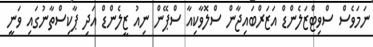
ނަމަވެސް ސްވިޓްޒަލެންޑް އަޒަރްބައިޖާން ސްލޮވާކިއާ ސްޕޭން ނިއު ޒީލެންޑް އަދި ޕާކިސްތާނުގައި ވަނީ